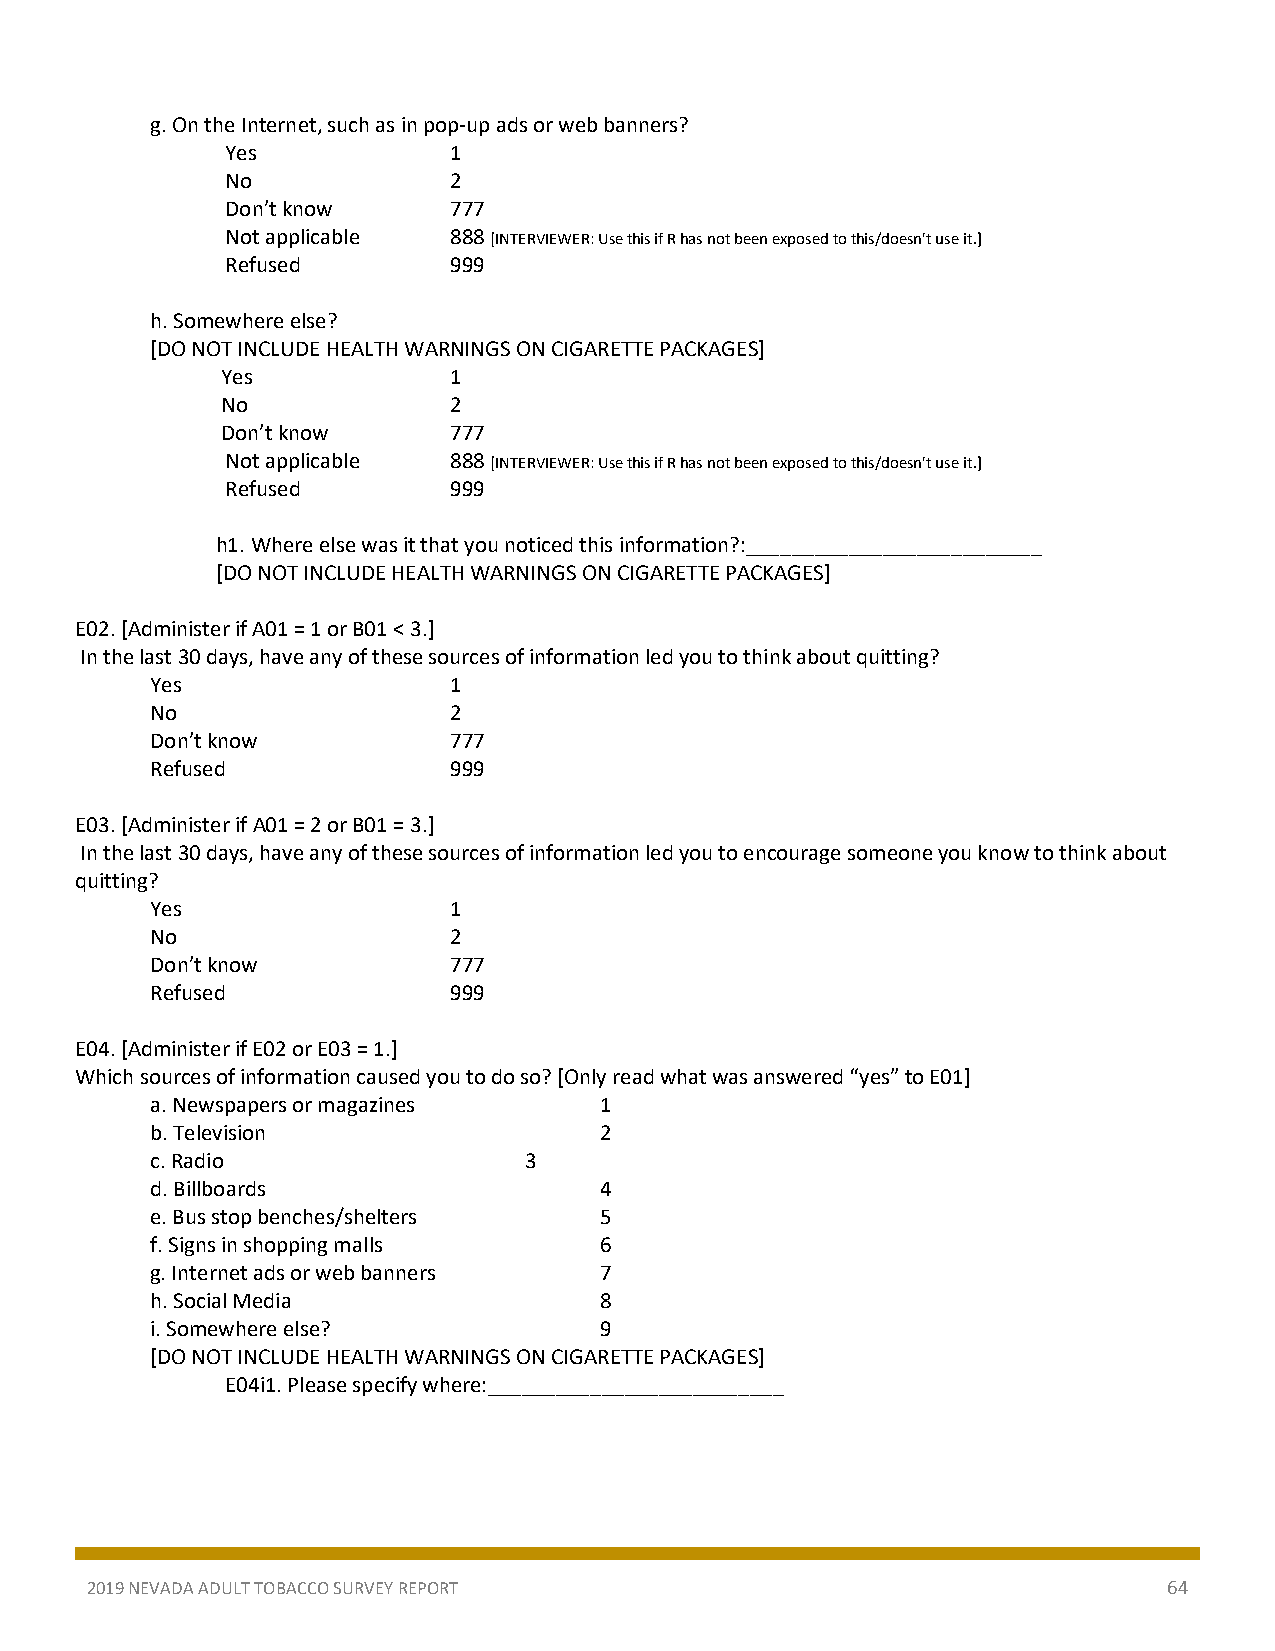
g. On the Internet, such as in pop-up ads or web banners?
 Yes            1
 No             2
 Don’t know     777
 Not applicable 888 [INTERVIEWER: Use this if R has not been exposed to this/doesn't use it.]
 Refused        999
 h. Somewhere else?
 [DO NOT INCLUDE HEALTH WARNINGS ON CIGARETTE PACKAGES]
 Yes            1
 No             2
 Don’t know     777
 Not applicable 888 [INTERVIEWER: Use this if R has not been exposed to this/doesn't use it.]
 Refused        999
 h1. Where else was it that you noticed this information?:__________________________
 [DO NOT INCLUDE HEALTH WARNINGS ON CIGARETTE PACKAGES]
 E02. [Administer if A01 = 1 or B01 < 3.]
 In the last 30 days, have any of these sources of information led you to think about quitting?
 Yes                 1
 No                  2
 Don’t know          777
 Refused             999
 E03. [Administer if A01 = 2 or B01 = 3.]
 In the last 30 days, have any of these sources of information led you to encourage someone you know to think about
 quitting?
 Yes                 1
 No                  2
 Don’t know          777
 Refused             999
 E04. [Administer if E02 or E03 = 1.]
 Which sources of information caused you to do so? [Only read what was answered “yes” to E01]
 a. Newspapers or magazines    1
 b. Television                 2
 c. Radio                 3
 d. Billboards                 4
 e. Bus stop benches/shelters  5
 f. Signs in shopping malls    6
 g. Internet ads or web banners 7
 h. Social Media               8
 i. Somewhere else?            9
 [DO NOT INCLUDE HEALTH WARNINGS ON CIGARETTE PACKAGES]
 E04i1. Please specify where:__________________________
 2019 NEVADA ADULT TOBACCO SURVEY REPORT                                64